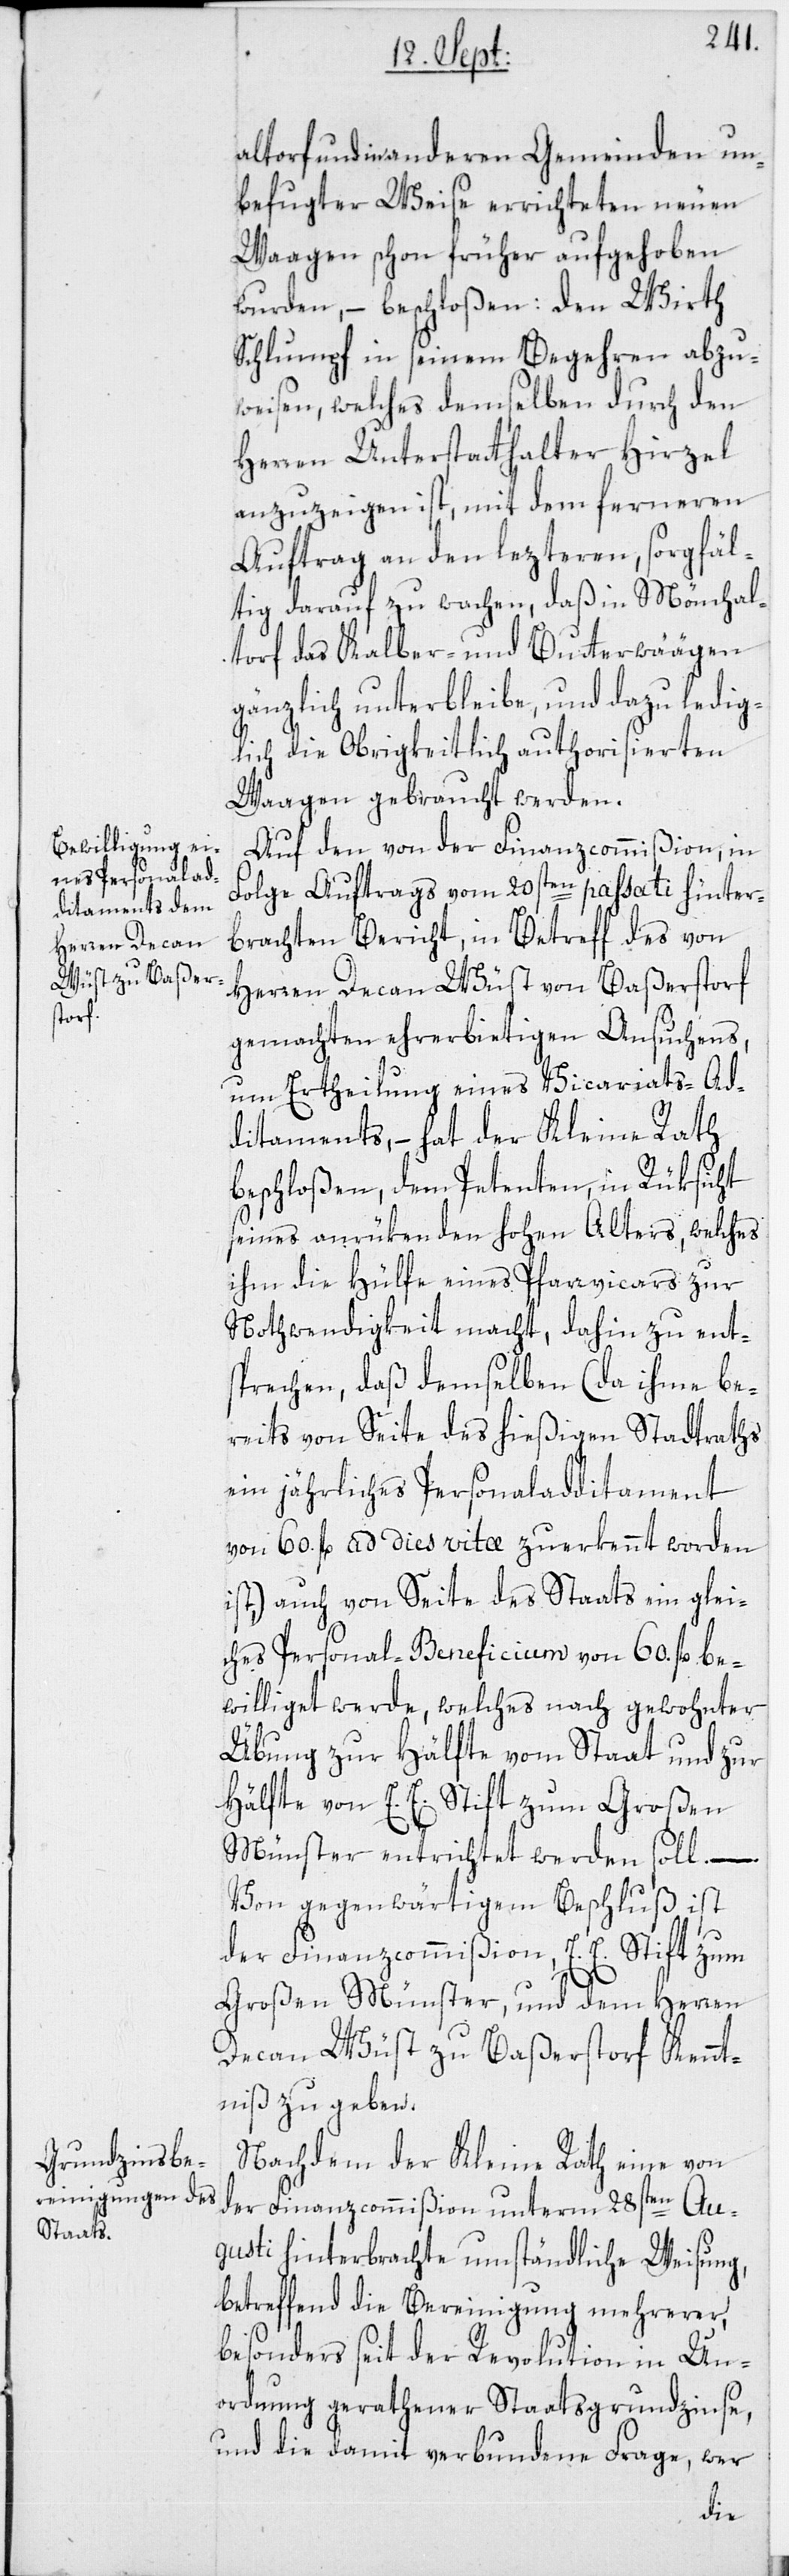
altorf und in anderen Gemeinden un¬
befugter Weise errichteten neuen
Waagen schon früher aufgehoben
wurden, – beschloßen: Den Wirth
Schlumpf in seinem Begehren abzu¬
weisen, welches demselben durch den
Herren Unterstatthalter Hirzel
anzuzeigen ist, mit dem ferneren
Auftrag an den lezteren, sorgfäl¬
tig darauf zu wachen, daß in Mönchal¬
torf das Kalber- und Butterwäägen
gänzlich unterbleibe, und dazu ledig¬
lich die Obrigkeitlich authorisierten
Waagen gebraucht werden.
Auf den von der Finanzcommißion, in
Folge Auftrags vom 20sten passati hinter¬
brachten Bericht, in Betreff des von
Herren Decan Wüst von Baßerstorf
gemachten ehrerbietigen Ansuchens,
um Ertheilung eines Vicariats-Ad¬
ditaments, – hat der Kleine Rath
beschloßen, dem Petenten, in Rüksicht
seines anrükenden hohen Alters, welches
ihm die Hülfe eines Pfarrvicars zur
Nothwendigkeit macht, dahin zu ent¬
sprechen, daß demselben (da ihme be¬
reits von Seite des hießigen Stadtraths
ein jährliches Personaladditament
von 60. fl. ad dies vitæ zuerkennt worden
ist), auch von Seite des Staats ein glei¬
ches Personal-Beneficium von 60. fl. be¬
williget werde, welches nach gewohnter
Übung zur Hälfte vom Staat und zur
Hälfte von E. E. Stift zum Großen
Münster entrichtet werden soll. –.
Von gegenwärtigem Beschluß ist
der Finanzcommißion, E. E. Stift zum
Großen Münster, und dem Herren
Decan Wüst zu Baßerstorf Kennt¬
niß zu geben.
Nachdem der Kleine Rath eine von
der Finanzcommißion unterm 28sten Au¬
gusti hinterbrachte umständliche Weisung,
betreffend die Bereinigung mehrerer,
besonders seit der Revolution in Un¬
ordnung gerathener Staatsgrundzinse,
und die damit verbundene Frage, wer